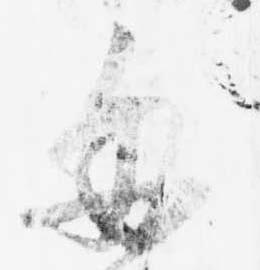
毎